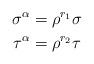
LaTeX: \begin{align*}\sigma^{\alpha}&=\rho^{r_{1}}\sigma \\ \tau^{\alpha}&=\rho^{r_{2}}\tau\end{align*}